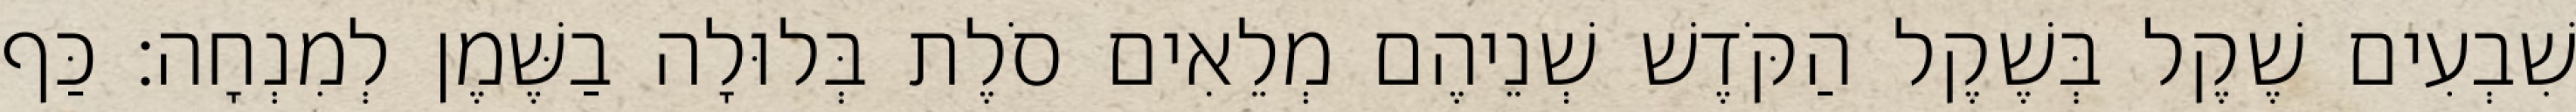
שִׁבְעִים שֶׁקֶל בְּשֶׁקֶל הַקֹּדֶשׁ שְׁנֵיהֶם מְלֵאִים סֹלֶת בְּלוּלָה בַשֶּׁמֶן לְמִנְחָה׃ כַּף